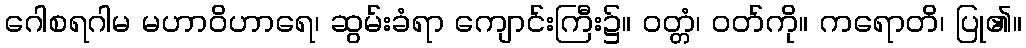
ဂေါစရဂါမ မဟာဝိဟာရေ၊ ဆွမ်းခံရာ ကျောင်းကြီး၌။ ဝတ္တံ၊ ဝတ်ကို။ ကရောတိ၊ ပြု၏။